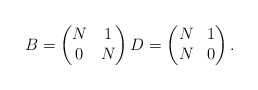
\begin{align*}B=\left(\begin{matrix}N & 1 \\0 & N \end{matrix}\right) D=\left(\begin{matrix}N & 1 \\N & 0 \end{matrix}\right).\end{align*}